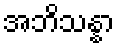
အဘိသန္နာ